Vaccination Hyderabad 1890-1903 - 1890-1903
Year: 1890
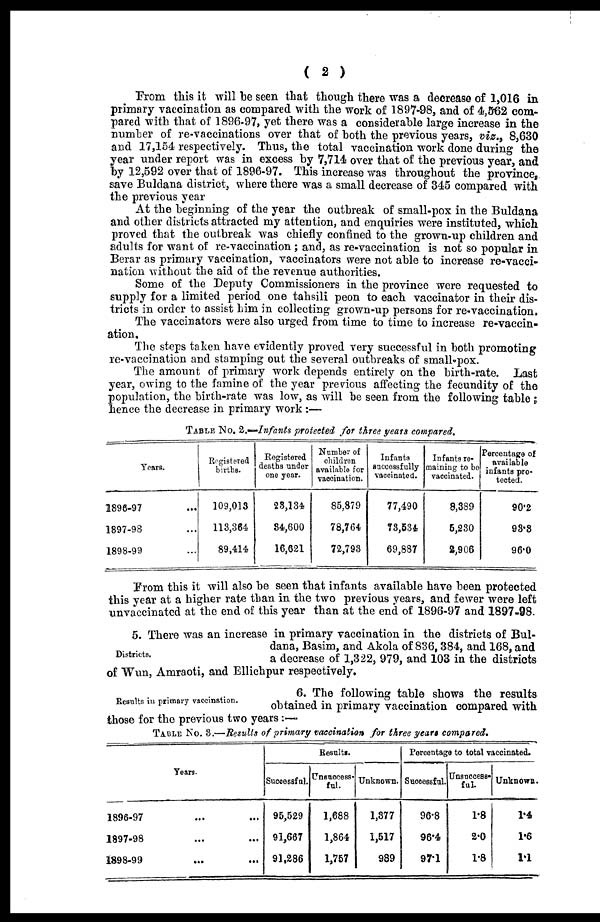
( 2 )
From this it will be seen that though there was a decrease of 1,016 in
primary vaccination as compared with the work of 1897-98, and of 4,562 com-
pared with that of 1896-97, yet there was a considerable large increase in the
number of re-vaccinations over that of both the previous years, viz., 8,630
and 17,154 respectively. Thus, the total vaccination work done during the
year under report was in excess by 7,714 over that of the previous year, and
by 12,592 over that of 1896-97. This increase was throughout the province,
save Buldana district, where there was a small decrease of 345 compared with
the previous year
At the beginning of the year the outbreak of small-pox in the Buldana
and other districts attracted my attention, and enquiries were instituted, which
proved that the outbreak was chiefly confined to the grown-up children and
adults for want of re-vaccination; and, as re-vaccination is not so popular in
Berar as primary vaccination, vaccinators were not able to increase re-vacci-
nation without the aid of the revenue authorities.
Some of the Deputy Commissioners in the province were requested to
supply for a limited period one tahsili peon to each vaccinator in their dis-
tricts in order to assist him in collecting grown-up persons for re-vaccination.
The vaccinators were also urged from time to time to increase re-vaccin-
ation.
The steps taken have evidently proved very successful in both promoting
re-vaccination and stamping out the several outbreaks of small-pox.
The amount of primary work depends entirely on the birth-rate. Last
year, owing to the famine of the year previous affecting the fecundity of the
population, the birth-rate was low, as will be seen from the following table;
hence the decrease in primary work:—
TABLE No. 2.—Infants protected for three years compared.
Years.
1896-97 ...
1897-98 ...
1898-99 ...
Registered
births.
109,013
113,364
89,414
Registered
deaths under
one year.
23,134
34,600
16,621
Number of
children
available for
vaccination.
85,879
78,764
72,793
Infants
successfully
vaccinated.
77,490
73,534
69,887
Infants re-
maining to be
vaccinated.
8,389
5,230
2,906
Percentage of
available
infants pro¬
tected.
90.2
93.3
96.0
From this it will also be seen that infants available have been protected
this year at a higher rate than in the two previous years, and fewer were left
unvaccinated at the end of this year than at the end of 1896-97 and 1897-98.
Districts.
5. There was an increase in primary vaccination in the districts of Bul-
dana, Basim, and Akola of 836,384, and 168, and
a decrease of 1,322, 979, and 103 in the districts
of Wun, Amraoti, and Ellichpur respectively.
Results in primary vaccination.
6. The following table shows the results
obtained in primary vaccination compared with
those for the previous two years :—
TABLE No. 3.—Results of primary vaccination for three years compared.
Years.
1896-97 ...
1897-98 ...
1898-99 ... ...
Results.
Successful.
95,629
91,667
91,286
Unsuccess-
ful.
1,688
1,864
1,757
Unknown.
1,377
1,517
989
Percentage to total vaccinated.
Successful.
96.8
96.4
97.1
Unsuccess-
ful.
1.8
2.0
1.8
Unknown.
1.4
1.6
1.1